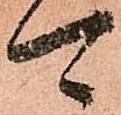
可